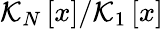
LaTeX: \mathcal{K}_{N}\left[x\right]/\mathcal{K}_{1}\left[x\right]